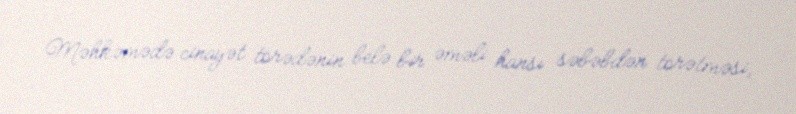
Məhkəmədə cinayət törədənin belə bir əməli hansı səbəbdən törətməsi,